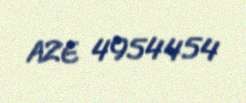
AZE 4954454